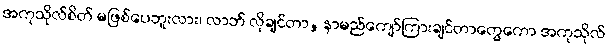
အကုသိုလ်စိတ် မဖြစ်ပေဘူးလား၊ လာဘ် လိုချင်တာ, နာမည်ကျော်ကြားချင်တာတွေကော အကုသိုလ်